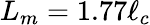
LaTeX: L_{m}=1.77\ell_{c}